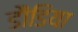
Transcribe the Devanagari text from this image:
डौंडिया